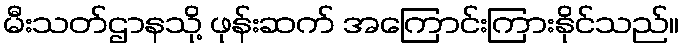
မီးသတ်ဌာနသို့ ဖုန်းဆက် အကြောင်းကြားနိုင်သည်။